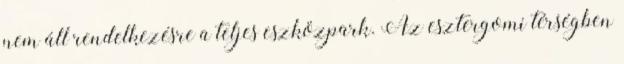
nem áll rendelkezésre a teljes eszközpark. Az esztergomi térségben